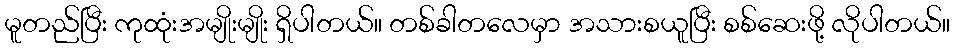
မူတည်ပြီး ကုထုံးအမျိုးမျိုး ရှိပါတယ်။ တစ်ခါတလေမှာ အသားစယူပြီး စစ်ဆေးဖို့ လိုပါတယ်။